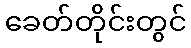
ခေတ်တိုင်းတွင်